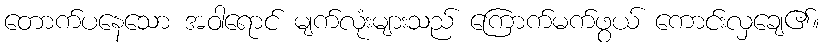
တောက်ပနေသော အဝါရောင် မျက်လုံးများသည် ကြောက်မက်ဖွယ် ကောင်းလှချေ၏။